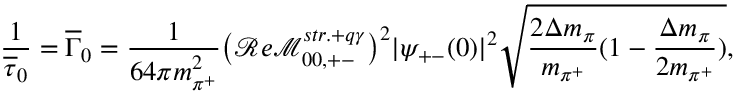
\frac { 1 } { \overline { { \tau } } _ { 0 } } = \overline { { \Gamma } } _ { 0 } = \frac { 1 } { 6 4 \pi m _ { \pi ^ { + } } ^ { 2 } } \big ( \mathcal { R } e \mathcal { M } _ { 0 0 , + - } ^ { s t r . + q \gamma } \big ) ^ { 2 } | \psi _ { + - } ( 0 ) | ^ { 2 } \sqrt { \frac { 2 \Delta m _ { \pi } } { m _ { \pi ^ { + } } } ( 1 - \frac { \Delta m _ { \pi } } { 2 m _ { \pi ^ { + } } } ) } ,